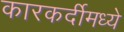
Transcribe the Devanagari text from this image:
कारकर्दीमध्ये